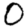
Digit: 0